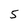
Character: 5